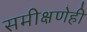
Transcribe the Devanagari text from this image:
समीक्षणेही